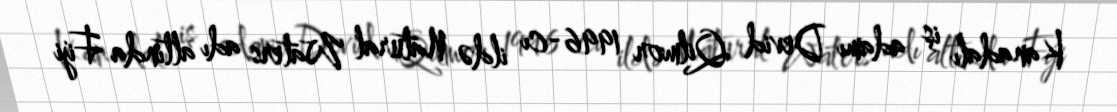
Kanadalı iş adamı Devid Qilmor 1996-cı ildə Natural Waters adı altında Fiji